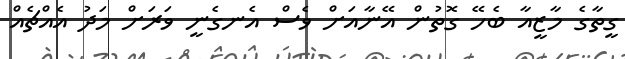
ގީތާގެ މާޒީއާ ބެހޭ ގޮތުން އޭނާއަށް ވެސް އެނގެނީ ވަރަށް މަދު އެއްޗެއް